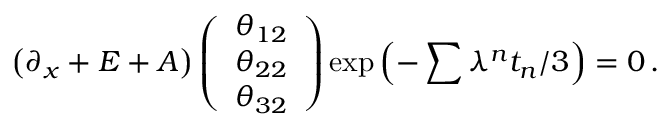
\left( \partial _ { x } + E + A \right) \left( \begin{array} { c } { { \theta _ { 1 2 } } } \\ { { \theta _ { 2 2 } } } \\ { { \theta _ { 3 2 } } } \end{array} \right) \exp \left( - \sum \lambda ^ { n } t _ { n } / 3 \right) = 0 \, .